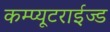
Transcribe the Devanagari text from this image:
कम्प्यूटराईज्ड